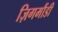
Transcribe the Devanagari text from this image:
ज़िगमौंडी